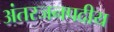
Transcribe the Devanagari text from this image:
अंतरजनपदीय